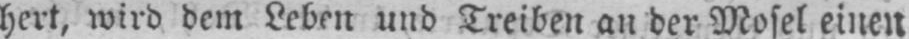
hert, wird dem Leben und Treiben an der Mosel einen